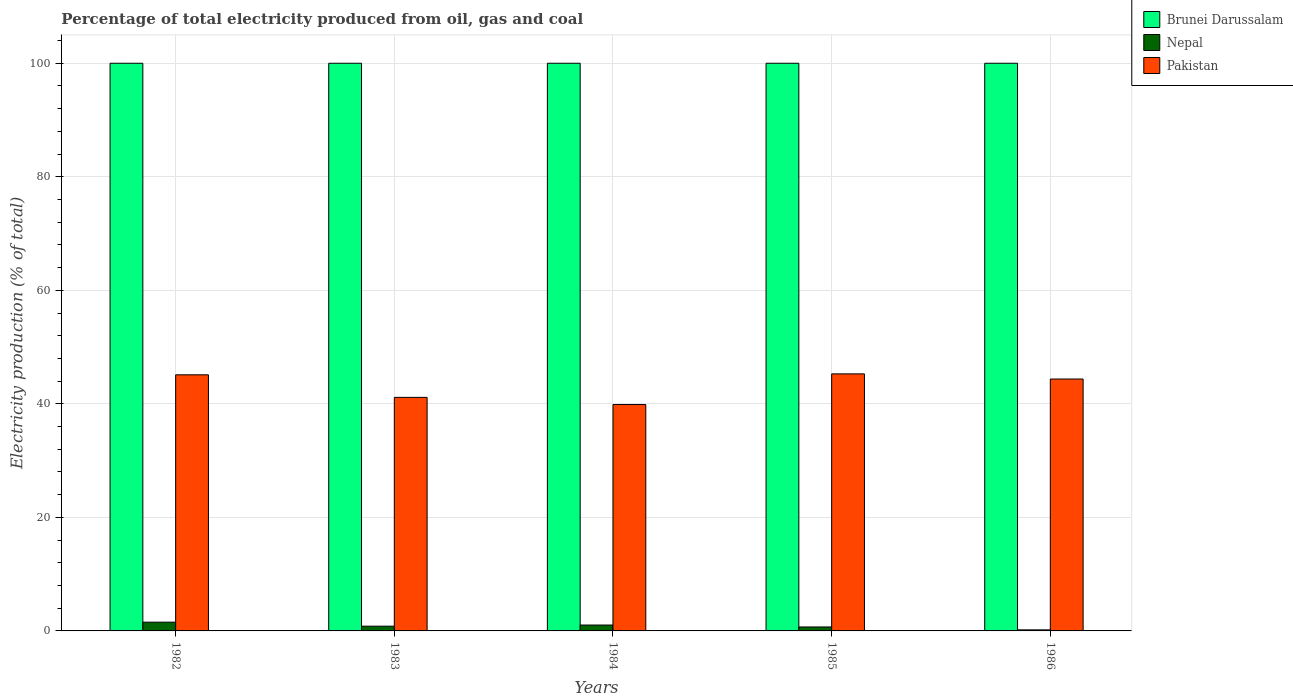
| Years | Brunei Darussalam | Nepal | Pakistan |
 | --- | --- | --- | --- |
 | 1982 | 100 | 1.54 | 45.1 |
 | 1983 | 100 | 0.836 | 41.1 |
 | 1984 | 100 | 1.04 | 39.9 |
 | 1985 | 100 | 0.698 | 45.3 |
 | 1986 | 100 | 0.185 | 44.4 |